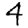
Digit: 4